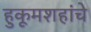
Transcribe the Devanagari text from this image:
हुकूमशहांचे